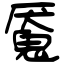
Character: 魇